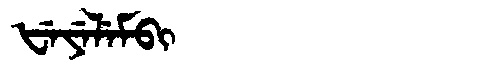
Manchu: ᡶᡝᠶᡝᠯᡝᠮᠪᡳ
Romanization: FEYELEMBI